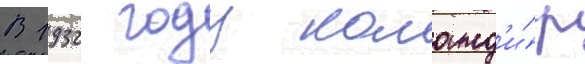
В 1932 году команд'и́р